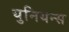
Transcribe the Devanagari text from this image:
युनियन्स